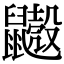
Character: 𪖃